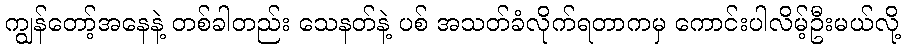
ကျွန်တော့်အနေနဲ့ တစ်ခါတည်း သေနတ်နဲ့ ပစ် အသတ်ခံလိုက်ရတာကမှ ကောင်းပါလိမ့်ဦးမယ်လို့